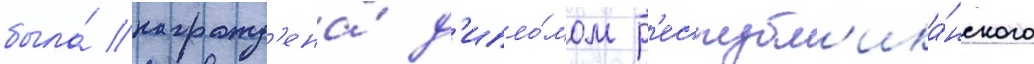
была́ награжд'ена́ д'ипло́мом р'еспубл'ика́нского